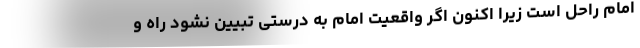
امام راحل است زیرا اکنون اگر واقعیت امام به درستی تبیین نشود راه و